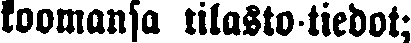
koomansa tilasto-tiedot;